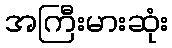
အကြီးမားဆုံး